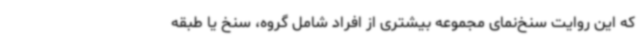
که این روایت سنخ‌نمای مجموعه بیشتری از افراد شامل گروه، سنخ یا طبقه